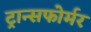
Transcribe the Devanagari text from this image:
ट्रान्सफोर्मर